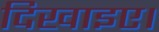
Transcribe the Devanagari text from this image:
दिखाइए।